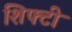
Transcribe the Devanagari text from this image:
शिफ्टी